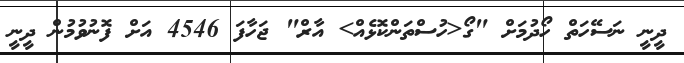
ދީނީ ނަސޭހަތް ހޯދުމަށް "ގޯ<ހުސްތަންކޮޅެއް> އާރް" ޖަހާފަ 4546 އަށް ފޮނުވުމުން ދީނީ